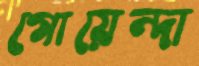
গোয়েন্দা